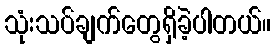
သုံးသပ်ချက်တွေရှိခဲ့ပါတယ်။